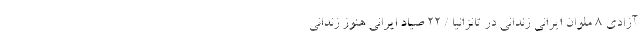
آزادی 8 ملوان ایرانی زندانی در تانزانیا / 22 صیاد ایرانی هنوز زندانی